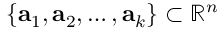
\{ { \bf { a } } _ { 1 } , { \bf { a } } _ { 2 } , \dots , { \bf { a } } _ { k } \} \subset \mathbb { R } ^ { n }